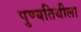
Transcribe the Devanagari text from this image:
पुण्यतिथीला